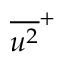
{ \overline { { u ^ { 2 } } } } ^ { + }